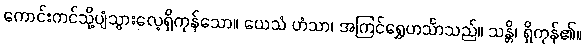
ကောင်းကင်သို့ပျံသွားလေ့ရှိကုန်သော။ ယေသံ ဟံသာ၊ အကြင်ရွှေဟင်္သာသည်။ သန္တိ၊ ရှိကုန်၏။